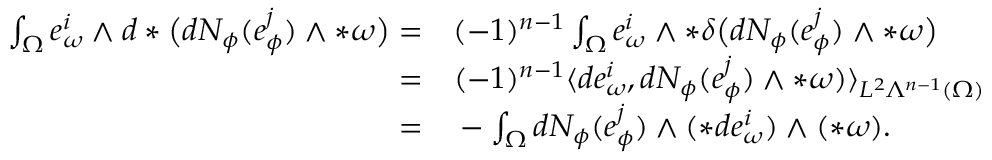
\begin{array} { r l } { \int _ { \Omega } e _ { \omega } ^ { i } \wedge d \ast \big ( d N _ { \phi } ( e _ { \phi } ^ { j } ) \wedge \ast \omega \big ) = } & { { } ( - 1 ) ^ { n - 1 } \int _ { \Omega } e _ { \omega } ^ { i } \wedge \ast \delta \big ( d N _ { \phi } ( e _ { \phi } ^ { j } ) \wedge \ast \omega \big ) } \\ { = } & { { } ( - 1 ) ^ { n - 1 } \langle d e _ { \omega } ^ { i } , d N _ { \phi } ( e _ { \phi } ^ { j } ) \wedge \ast \omega ) \rangle _ { L ^ { 2 } \Lambda ^ { n - 1 } ( \Omega ) } } \\ { = } & { { } - \int _ { \Omega } d N _ { \phi } ( e _ { \phi } ^ { j } ) \wedge ( \ast d e _ { \omega } ^ { i } ) \wedge ( \ast \omega ) . } \end{array}